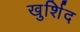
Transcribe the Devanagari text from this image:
खुर्शिद